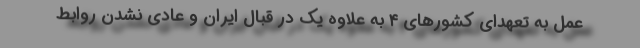
عمل به تعهدای کشورهای ۴ به علاوه یک در قبال ایران و عادی نشدن روابط